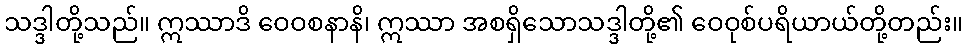
သဒ္ဒါတို့သည်။ ဣဿာဒိ ဝေဝစနာနိ၊ ဣဿာ အစရှိသောသဒ္ဒါတို့၏ ဝေဝုစ်ပရိယာယ်တို့တည်း။